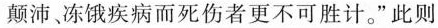
颠沛、冻饿疾病而死伤者更不可胜计。”此则